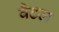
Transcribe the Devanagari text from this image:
वैटल